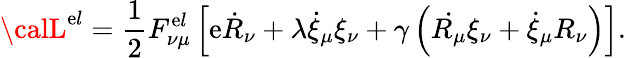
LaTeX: {\calL}^{\mathrm{e}l}=\frac{1}{2}F_{\nu\mu}^{\mathrm{e}l}\left[\mathrm{e}\dot{{R}}_{\nu}+\lambda\dot{{\xi}}_{\mu}\xi_{\nu}+\gamma\left(\dot{{R_{\mu}}}\xi_{\nu}+\dot{{\xi}}_{\mu}R_{\nu}\right)\right].